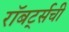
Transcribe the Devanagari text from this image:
रॉबर्ट्सची